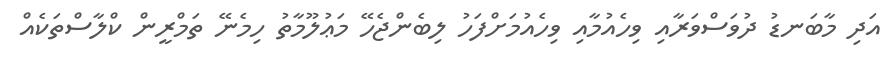
އަދި މާބަނޑު ދުވަސްވަރާއި ވިހެއުމާއި ވިހެއުމަށްފަހު ލިބެންޖެހޭ މަޢުލޫމާތު ހިމެނޭ ތަމްރީން ކްލާސްތަކެއް